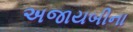
અજાયબીના